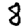
Digit: 8